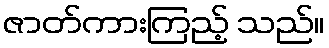
ဇာတ်ကားကြည့် သည်။